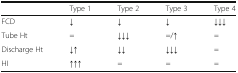
<table><thead><tr><td></td><td><b>Type 1</b></td><td><b>Type 2</b></td><td><b>Type 3</b></td><td><b>Type 4</b></td></tr></thead><tbody><tr><td>FCD</td><td>↓</td><td>↓</td><td>↓</td><td>↓↓↓</td></tr><tr><td>Tube Ht</td><td>=</td><td>↓↓↓</td><td>=/↑</td><td>=</td></tr><tr><td>Discharge Ht</td><td>↓↑</td><td>↓↓</td><td>↓↓↓</td><td>=</td></tr><tr><td>HI</td><td>↑↑↑</td><td>=</td><td>=</td><td>=</td></tr></tbody></table>